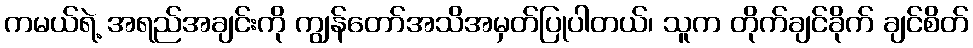
ကမယ်ရဲ့ အရည်အချင်းကို ကျွန်တော်အသိအမှတ်ပြုပါတယ်၊ သူက တိုက်ချင်ခိုက် ချင်စိတ်